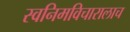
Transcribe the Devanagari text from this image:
स्वनिमविचारालाच